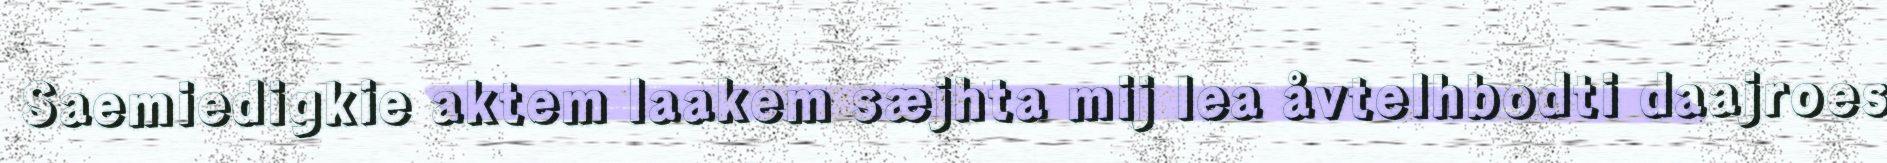
Saemiedigkie aktem laakem sæjhta mij lea åvtelhbodti daajroes